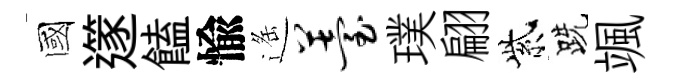
國𨗹饁愉遥薹璞翩紫跣颯